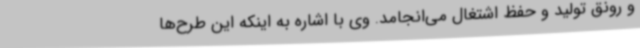
و رونق تولید و حفظ اشتغال می‌انجامد. وی با اشاره به اینکه این طرح‌ها